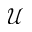
\mathcal { U }